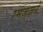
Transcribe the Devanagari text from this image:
रमज़्ज़ने